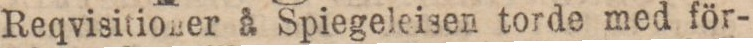
Reqvisitioner å Spiegeleisen torde med för-